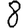
Digit: 8